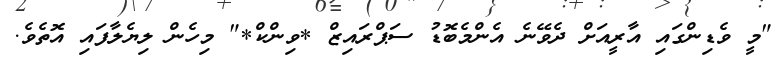
"މީ ވެޑިންގައި އާރީއަށް ދެވޭނެ އެންމެބޮޑު ސަޕްރައިޒް *ވިންކް*" މިހެން ލިޔެލާފައި އޮތެވެ.